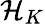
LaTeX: \mathcal{H}_{K}